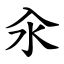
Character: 汆